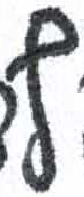
אות: ף